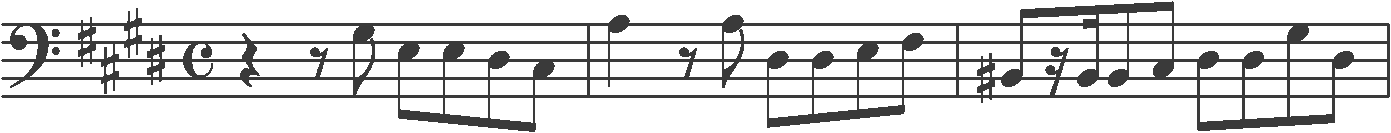
Transcription: clef-F4 keySignature-EM timeSignature-C rest-quarter rest-eighth note-G#3_eighth note-E3_eighth note-E3_eighth note-D#3_eighth note-C#3_eighth barline note-A3_quarter rest-eighth note-A3_eighth note-D#3_eighth note-D#3_eighth note-E3_eighth note-F#3_eighth barline note-B#2_eighth rest-sixteenth note-B2_sixteenth note-B2_eighth note-C#3_eighth note-D#3_eighth note-D#3_eighth note-G#3_eighth note-D#3_eighth barline